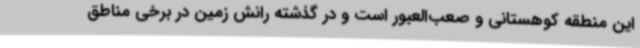
این منطقه کوهستانی و صعب‌العبور است و در گذشته رانش زمین در برخی مناطق